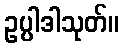
ဥပ္ပါဒါသုတ်။